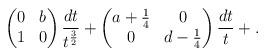
LaTeX: \begin{align*}\begin{pmatrix}0 & b \\1 & 0\end{pmatrix} \frac{dt}{t^{\frac{3}{2}}} + \begin{pmatrix}a+\frac{1}{4} & 0 \\0 & d-\frac{1}{4}\end{pmatrix} \frac{dt}{t} +.\end{align*}